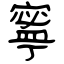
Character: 寧